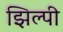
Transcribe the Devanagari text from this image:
झिल्पी